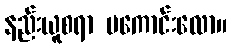
နည်းယူစရာ မကောင်းလော။